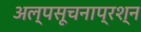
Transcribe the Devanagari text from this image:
अल्पसूचनाप्रश्न